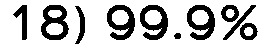
18) 99.9%